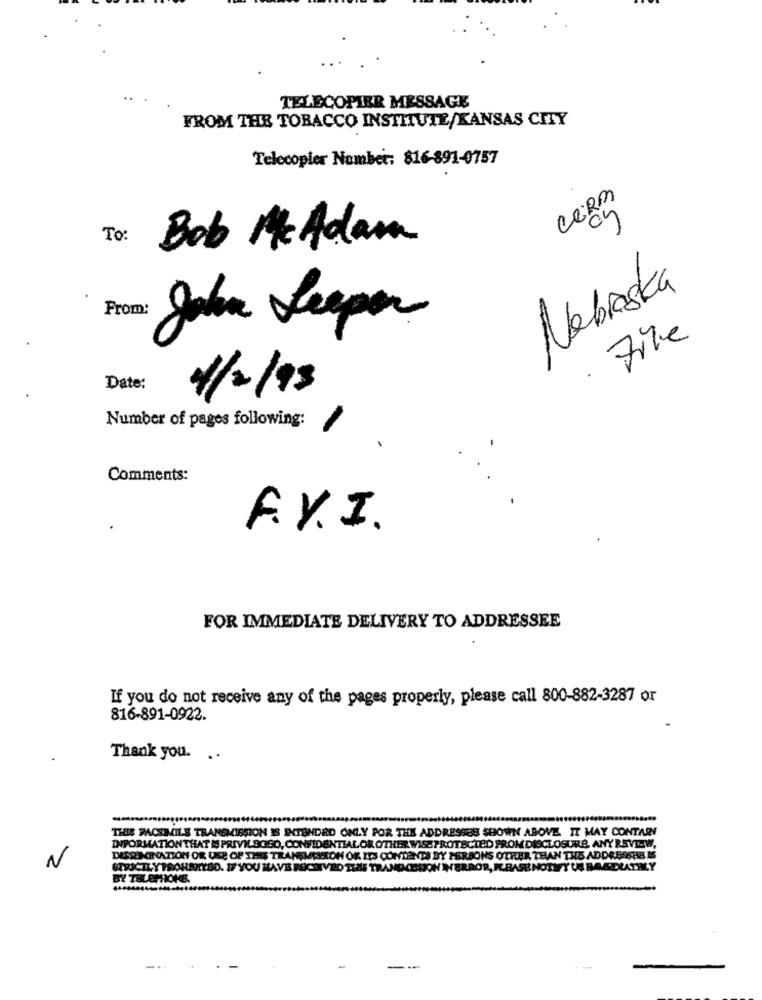
TELECOPIER MESSAGE
FROM THE TOBACCO INSTITUTE/KANSAS CITY
Telecopier Number: 816-891-0757
CORM
To:
Bob McAdam
Nebraska
from: John Leeper
File
.
Date:
1/2/93
Number of pages following:
Comments:
F.V.I.
FOR IMMEDIATE DELIVERY TO ADDRESSEE
If you do not receive any of the pages properly, please call 800-882-3287 or
816-891-0922.
Thank you. ..
THIS FACSIMILE TRANSMISSION IS INTENDED ONLY POR THE ADDRESSES SHOWN ABOVE. IT MAY CONTARE
INFORMATIONTHAT IS PRIVILEGED, CONFIDENTIAL OR OTHER WISEPROTECTED FROM DISCLOSURE. ANY REVIEW,
DISSEMINATION OR USE OF THIS TRANSMISSION OR ITS CONTENTS BY PERSONS OURER THAN THE ADDRESSHE IS
N
STRICTLYTRORNIYED. IF YOU HAVE RECEIVED THE TRANGCESON NERAOR, IL.BASE NOTIFY US BAALLATILY
BY TELEPHONE.
-..